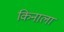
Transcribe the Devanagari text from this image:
किनाला